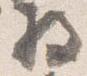
将